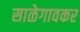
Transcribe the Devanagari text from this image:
साळेगावकर